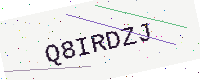
Text: Q8IRDZJ